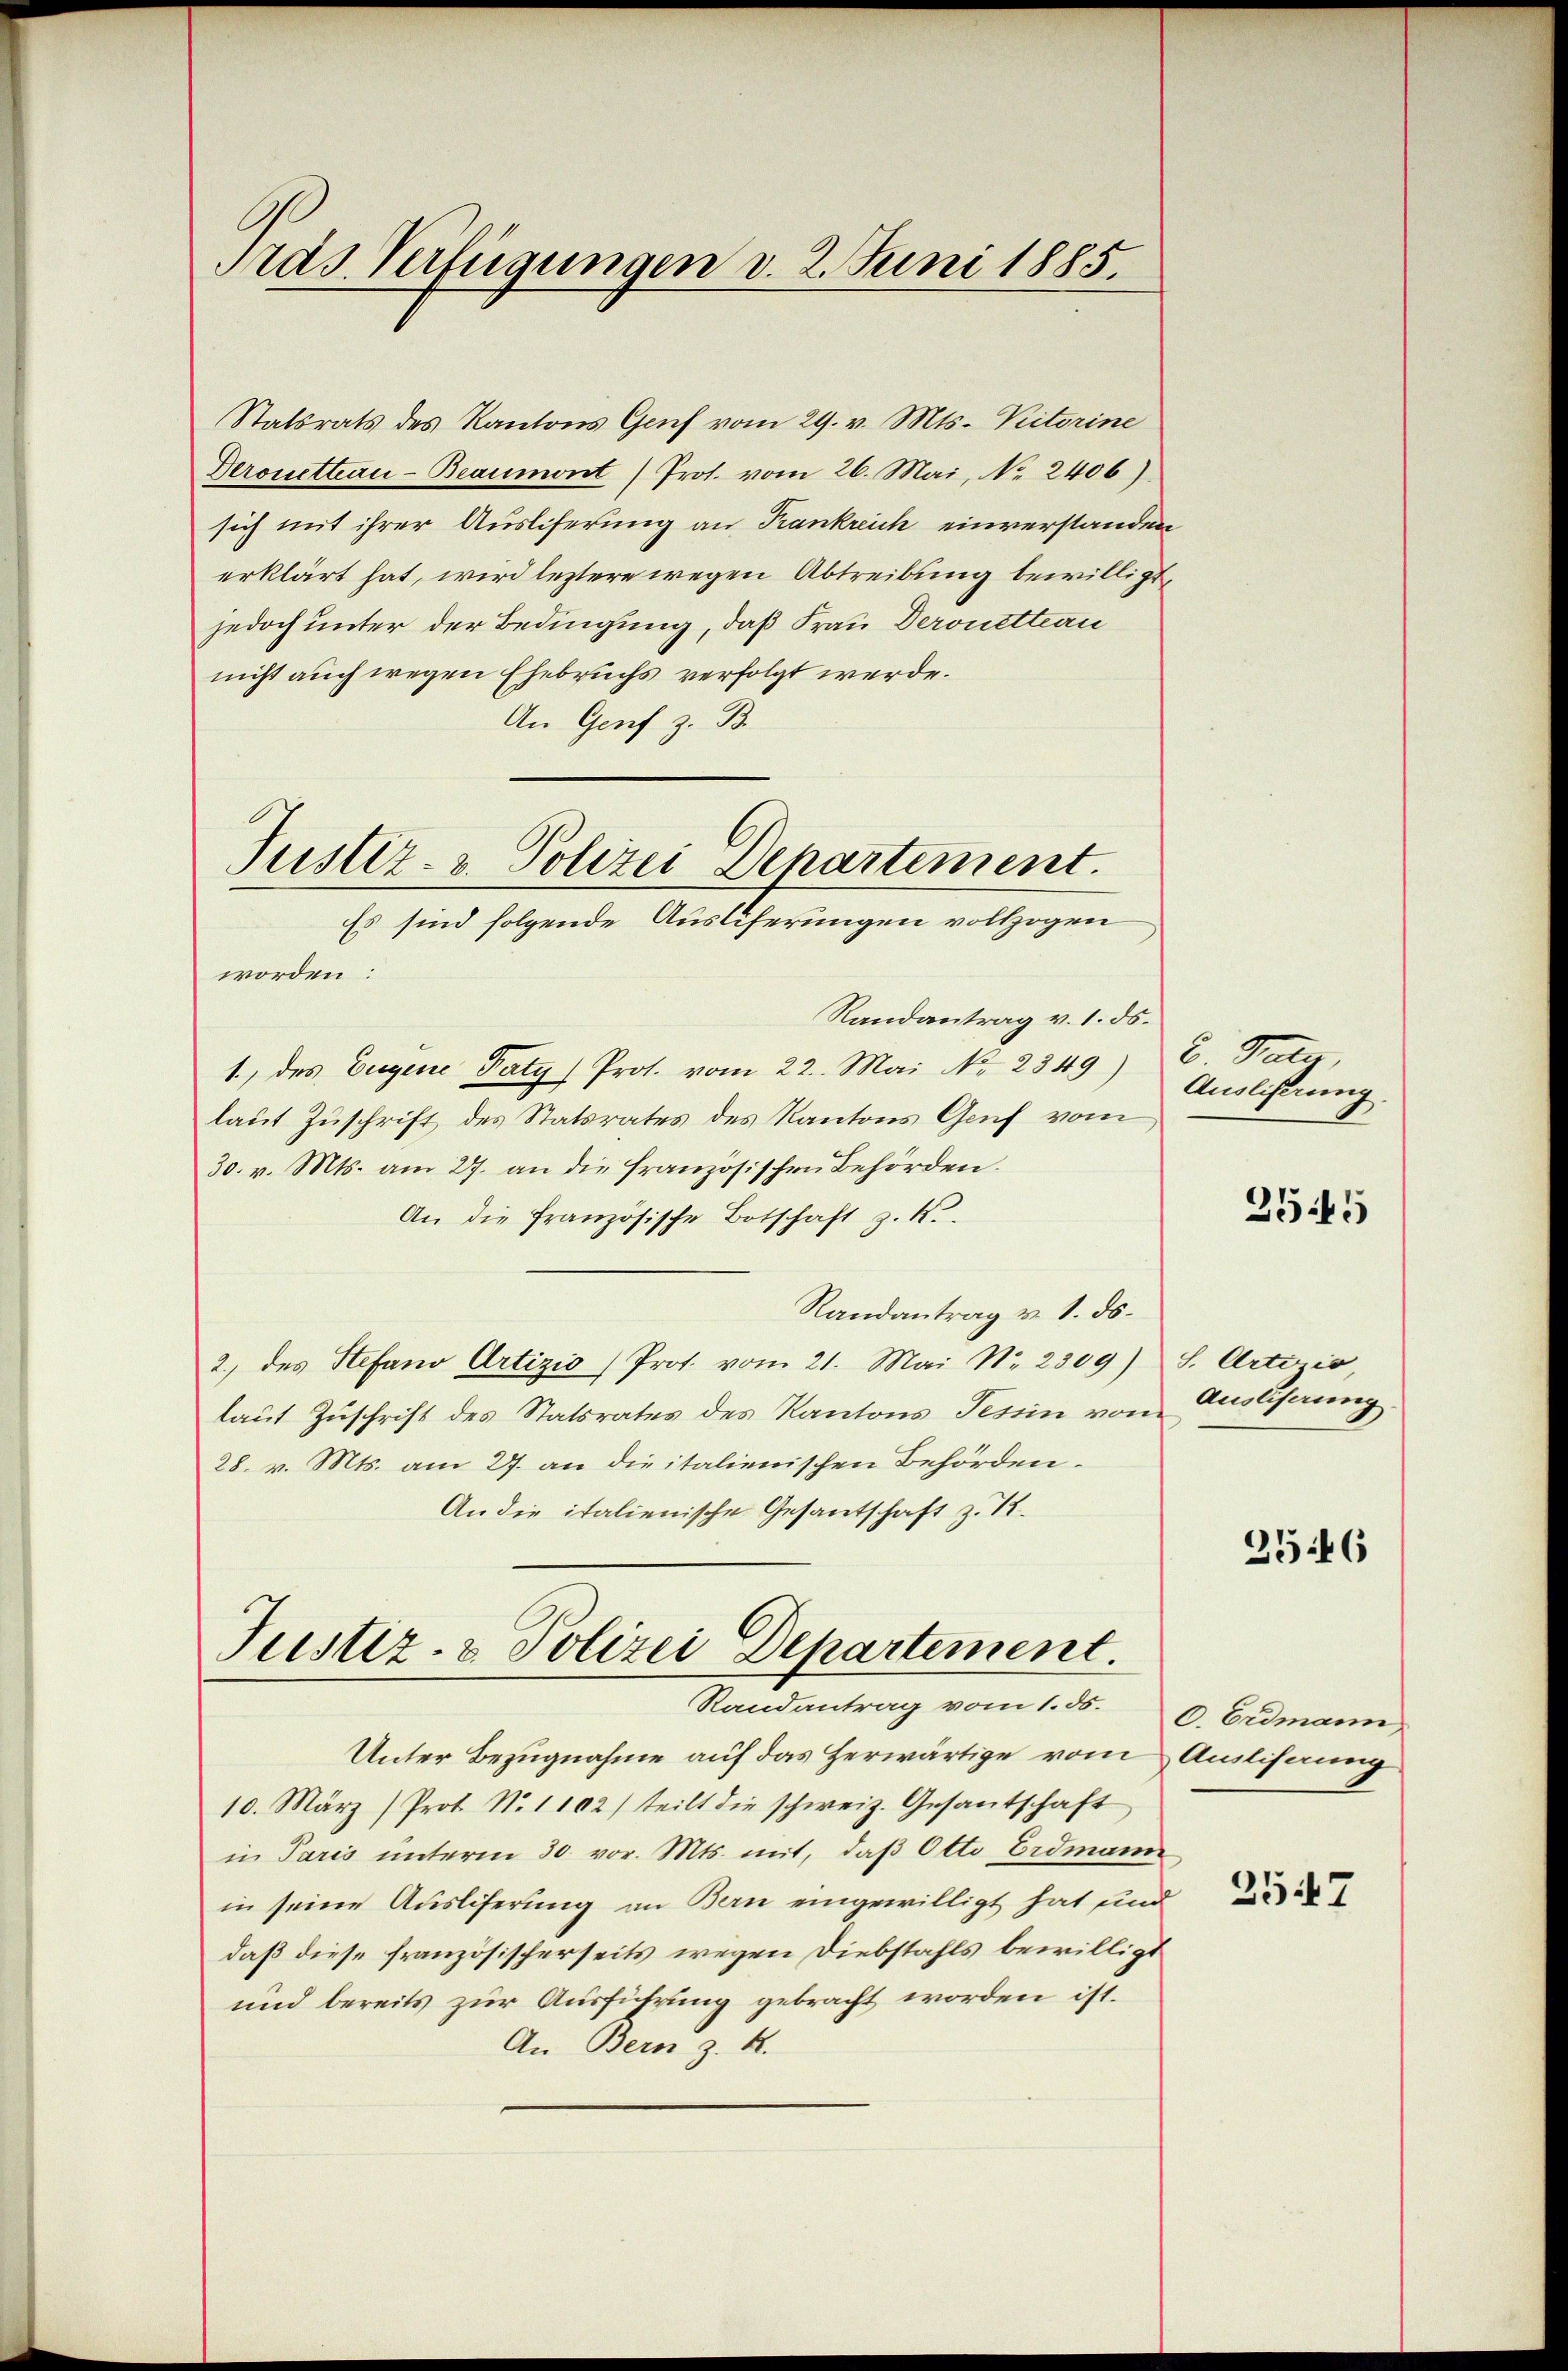
Pras. Verfügungen v. 2. Juni 1885.

Statsrats des Kantons Genf vom 29. v. Mts. Pitorine
Deronettiau-Beaumont) Prot. vom 26. Mai, No. 2406)
sich mit ihrer Ausliserung an Krankreich einverstanden
erklärt hat, wird leztere wegen Abtreibung bewilligt,
jedoch unter der Bedingung, daß Frau Deronetteau
nicht auch wegen Ehebruchs verfolgt werde.
An Genf z. B.

Justiz- u. Polizei Departement.
Es sind folgende Ausliferungen vollzogen

worden:
Randantrag v. 1. ds.
1., des Eigene Paty) Prot. vom 22. Mai N. 2349)
laut Zuschrift des Statsrates des Kantons Gruf vom
30. v. Mts. am 27. an die französischen Behörden.
An die französische Botschaft z. K.
Randantrag v. 1. ds.
2.) des Stefano Artizio (Prot. vom 21. Mai Nr. 2309)
laut Zuschrift des Statsrates des Kantons Tessin von
28. v. Mts. am 27. an die italienischen Behörden.
An die italienische Gesantschaft z. B.

Justiz- & Polizei Departement.
Randantrag vom 1. 55.

2. Pater,
Ausliserung.

Unter Bezugnahme auf das herwärtige vom Auslihaung
10. März (Prot. N. 1102) teilt die schweiz. Gesantschaft
in Paris unterm 30. vor. Mts. mit, daß Otto Erdmann
in seine Ausliferung an Bern eingewilligt hat und
daß diese französischerseits wegen Diebstahls bewilligt
und bereits zur Ausführung gebracht worden ist.
An Bern z. B.

2545

S. Artizio
Ausliserung.

2546

0. Erdmann

2357